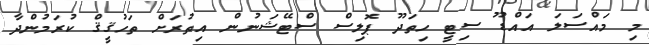
މި މައްސަލަ އައްޑޫ ސިޓީ ހިތަދޫ ޕޮލިސް ސްޓޭޝަނުން އިތުރަށް ތަހުޤީޤް ކުރަމުންދާ